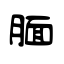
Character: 腼